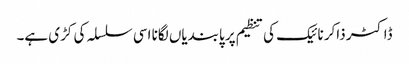
ڈاکٹر ذاکر نائیک کی تنظیم پر پابندیاں لگانا اسی سلسلہ کی کڑی ہے۔